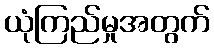
ယုံကြည်မှုအတွက်